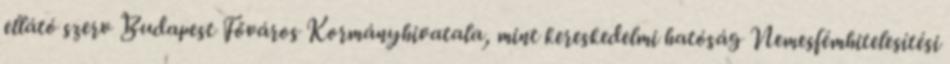
ellátó szerv Budapest Főváros Kormányhivatala, mint kereskedelmi hatóság Nemesfémhitelesítési